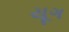
યૂગ